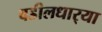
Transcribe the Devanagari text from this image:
वडीलधार्‍या